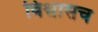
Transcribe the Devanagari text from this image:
विश्वासच